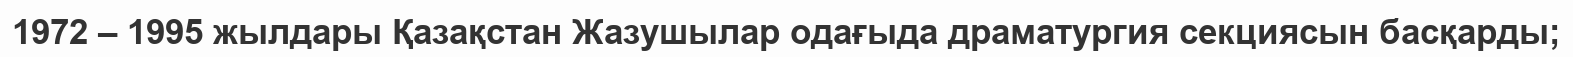
1972 – 1995 жылдары Қазақстан Жазушылар одағыда драматургия секциясын басқарды;